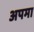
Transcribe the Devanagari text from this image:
अपमा